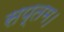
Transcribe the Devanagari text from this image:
सप्तम।